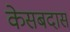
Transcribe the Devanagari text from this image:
केसबदास